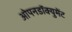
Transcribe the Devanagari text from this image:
ओपनडॉक्युमेंट